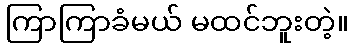
ကြာကြာခံမယ် မထင်ဘူးတဲ့။